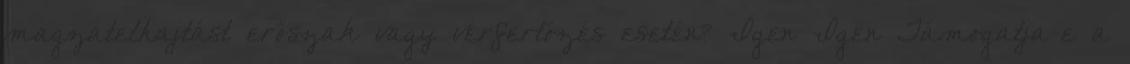
magzatelhajtást erőszak vagy vérfertőzés esetén? Igen Igen Támogatja-e a